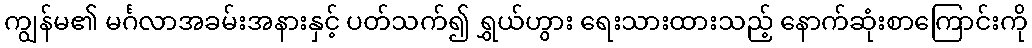
ကျွန်မ၏ မင်္ဂလာအခမ်းအနားနှင့် ပတ်သက်၍ ရွှယ်ဟွား ရေးသားထားသည့် နောက်ဆုံးစာကြောင်းကို